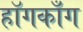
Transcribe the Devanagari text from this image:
हॉगकाँग